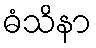
ဓံသိနာ